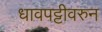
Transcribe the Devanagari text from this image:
धावपट्टीवरुन